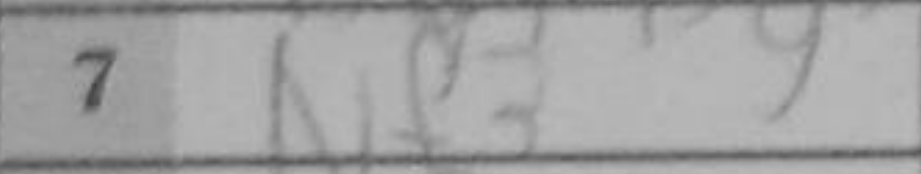
Transcription: Nf3